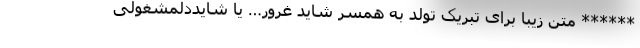
****** متن زیبا برای تبریک تولد به همسر شاید غرور… یا شایددلمشغولی